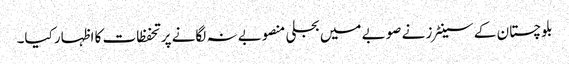
بلوچستان کے سینٹرز نے صوبے میں بجلی منصوبے نہ لگانے پر تحفظات کا اظہار کیا۔